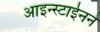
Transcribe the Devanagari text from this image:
आइन्स्टाईनने